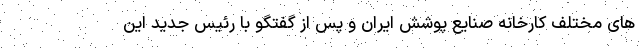
های مختلف کارخانه صنایع پوشش ایران و پس از گفتگو با رئیس جدید این